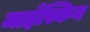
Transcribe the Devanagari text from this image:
माईस्किन